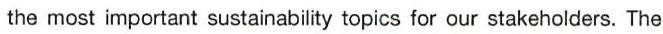
the most important sustainability topics for our stakeholders. The